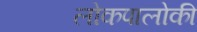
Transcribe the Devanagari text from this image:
लोकपालोकी